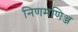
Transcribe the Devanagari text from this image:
निणमणिञ्ज